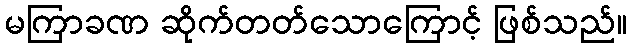
မကြာခဏ ဆိုက်တတ်သောကြောင့် ဖြစ်သည်။